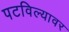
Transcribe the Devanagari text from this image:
पटविल्यावर